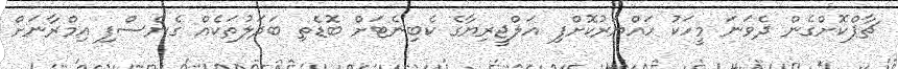
ޗާޕްކޮށްގެން ދެވަނަ މީހަކު ހައްޔަރުކޮށްފި އަލްޖީރިޔާގެ ކެބިނެޓަށް ބޮޑެތި ބަދަލުތަކެއް ގެނެސްފި އިމްރާނަށް